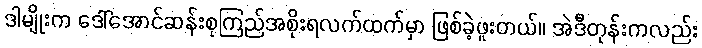
ဒါမျိုးက ဒေါ်အောင်ဆန်းစုကြည်အစိုးရလက်ထက်မှာ ဖြစ်ခဲ့ဖူးတယ်။ အဲဒီတုန်းကလည်း